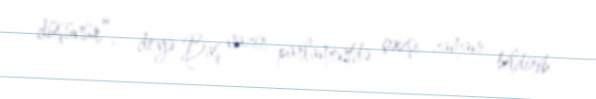
düşünür”, - deyə Baş nazir parlamentdə çıxışı zamanı bildirib.